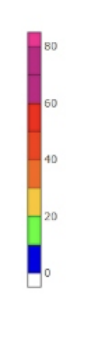
Blue: 0 to 10
Green: 10 to 20
Yellow: 20 to 30
Orange: 30 to 40
Dark Orange: 40 to 50
Red: 50 to 60
Magenta: 60 to 80
Pink: 80 to 85